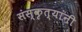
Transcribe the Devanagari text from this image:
संस्कृत्यांनी